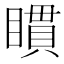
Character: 𥊫